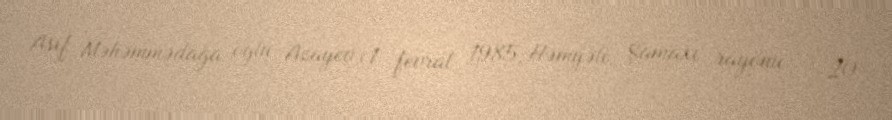
Asif Məhəmmədağa oğlu Azayev (1 fevral 1985, Həmyəli, Şamaxı rayonu – 20